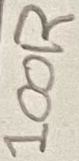
Text: 100R